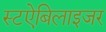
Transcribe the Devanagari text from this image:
स्टऐबिलाइजर